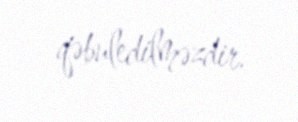
qəbuledilməzdir.